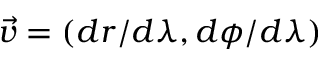
\vec { v } = ( d r / d \lambda , d \phi / d \lambda )